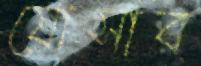
যোসার